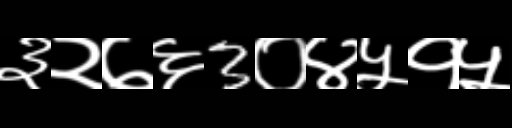
Text: ३२७६3०४५१५